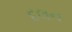
દલન